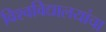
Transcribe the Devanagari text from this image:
विश्वविद्यालयांचा